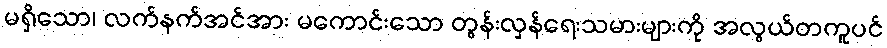
မရှိသော၊ လက်နက်အင်အား မကောင်းသော တွန်းလှန်ရေးသမားများကို အလွယ်တကူပင်